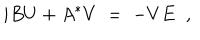
i B U + A ^ { * } V \; = \; - V E \; \; ,